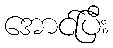
အောင်ပြီး